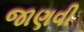
જાણવી